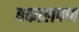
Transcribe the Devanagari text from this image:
बकालपण